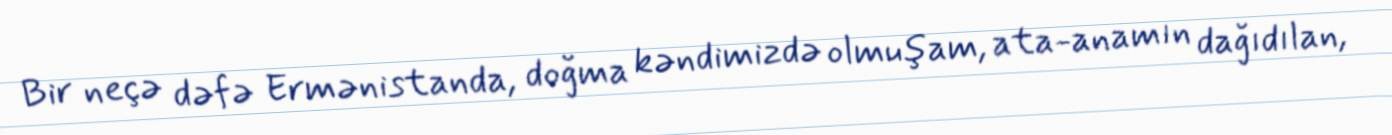
Bir neçə dəfə Ermənistanda, doğma kəndimizdə olmuşam, ata-anamın dağıdılan,